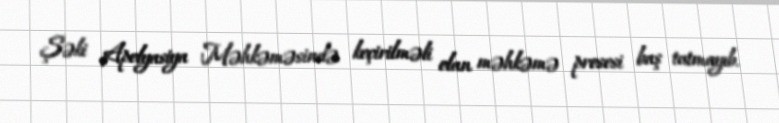
Şəki Apelyasiya Məhkəməsində keçirilməli olan məhkəmə prosesi baş tutmayıb.